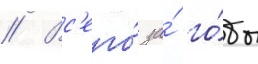
// Вс'его́ за́ го́ды